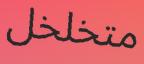
متخلخل